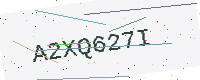
Text: A2XQ627I